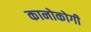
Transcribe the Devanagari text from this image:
कानोकोगी